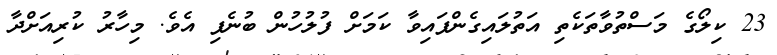
23 ކިލޯގެ މަސްތުވާތަކެތި އަތުލައިގެންފައިވާ ކަމަށް ފުލުހުން ބުނެފި އެވެ. މިހާރު ކުރިއަށްދާ